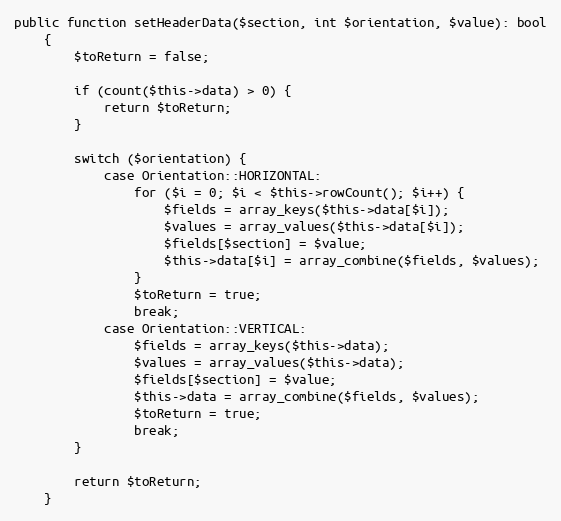
Language: PHP
public function setHeaderData($section, int $orientation, $value): bool
    {
        $toReturn = false;

        if (count($this->data) > 0) {
            return $toReturn;
        }

        switch ($orientation) {
            case Orientation::HORIZONTAL:
                for ($i = 0; $i < $this->rowCount(); $i++) {
                    $fields = array_keys($this->data[$i]);
                    $values = array_values($this->data[$i]);
                    $fields[$section] = $value;
                    $this->data[$i] = array_combine($fields, $values);
                }
                $toReturn = true;
                break;
            case Orientation::VERTICAL:
                $fields = array_keys($this->data);
                $values = array_values($this->data);
                $fields[$section] = $value;
                $this->data = array_combine($fields, $values);
                $toReturn = true;
                break;
        }

        return $toReturn;
    }